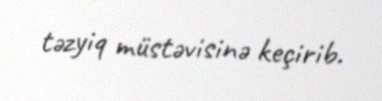
təzyiq müstəvisinə keçirib.